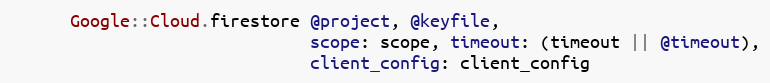
Language: Ruby
      Google::Cloud.firestore @project, @keyfile,
                              scope: scope, timeout: (timeout || @timeout),
                              client_config: client_config